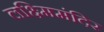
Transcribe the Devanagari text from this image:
लक्ष्मिमंदिर